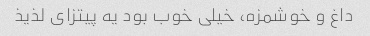
داغ و خوشمزه، خیلی خوب بود یه پیتزای لذیذ